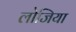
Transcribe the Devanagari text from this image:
लोजिया